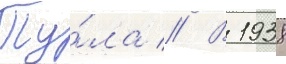
Ту́ла // В 1938